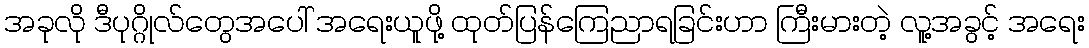
အခုလို ဒီပုဂ္ဂိုလ်တွေအပေါ် အရေးယူဖို့ ထုတ်ပြန်ကြေညာရခြင်းဟာ ကြီးမားတဲ့ လူ့အခွင့် အရေး